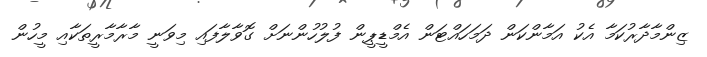
ޒިންމާދާރުކަމާ އެކު އަމާންކަން ދަމަހައްޓަން އެމްޑީޕީން ފުލުހުންނަށް ގޮވާލާފައި މިވަނީ މާރާމާރީތަކާއި މީހުން